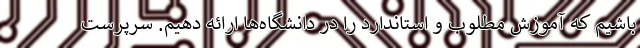
باشیم که آموزش مطلوب و استاندارد را در دانشگاه‌ها ارائه دهیم. سرپرست